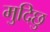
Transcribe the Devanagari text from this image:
मुदिछु